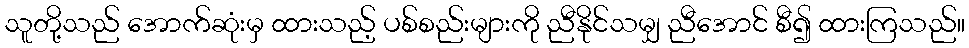
သူတို့သည် အောက်ဆုံးမှ ထားသည့် ပစ်စည်းများကို ညီနိုင်သမျှ ညီအောင် စီ၍ ထားကြသည်။